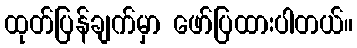
ထုတ်ပြန်ချက်မှာ ဖော်ပြထားပါတယ်။